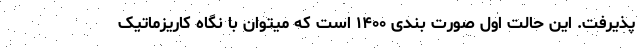
پذیرفت. این حالت اول صورت بندی ۱۴۰۰ است که میتوان با نگاه کاریزماتیک